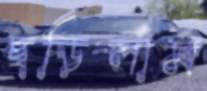
ছড়িলাম